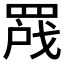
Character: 𬙣